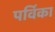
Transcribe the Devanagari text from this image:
पर्विका